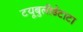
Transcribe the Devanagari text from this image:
टयूबुलीडेंटाटा